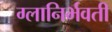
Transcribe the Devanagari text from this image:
ग्लानिर्भवती